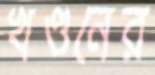
খণ্ডনের